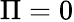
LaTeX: \Pi=0